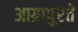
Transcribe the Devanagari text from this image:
आग्रापुरते